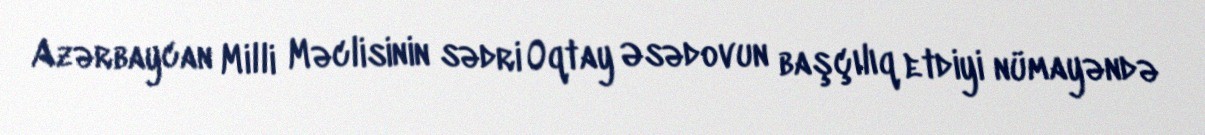
Azərbaycan Milli Məclisinin sədri Oqtay Əsədovun başçılıq etdiyi nümayəndə